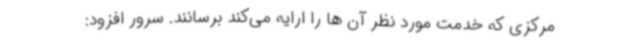
مرکزی که خدمت مورد نظر آن ها را ارایه می‌کند برسانند. سرور افزود: